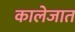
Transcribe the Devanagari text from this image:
कालेजात